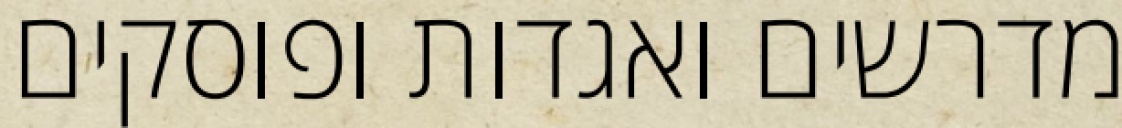
מדרשים ואגדות ופוסקים